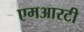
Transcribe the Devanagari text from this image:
एमआरटी